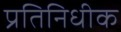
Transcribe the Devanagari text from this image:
प्रतिनिधीक